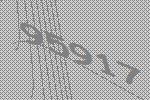
95917